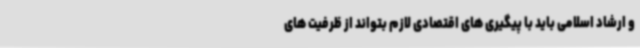
و ارشاد اسلامی باید با پیگیری های اقتصادی لازم بتواند از ظرفیت های